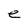
Character: e